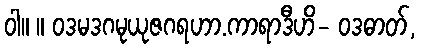
ဝါ။ ။ ဝဒမဒဂမုယုဇဂရဟာ.ကာရာဒီဟိ- ဝဒဓာတ်,